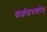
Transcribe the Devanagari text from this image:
पार्श्वनाथचरित्